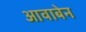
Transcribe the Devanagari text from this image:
आवाबेन